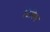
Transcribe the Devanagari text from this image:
छिगिस